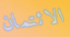
الائتمان